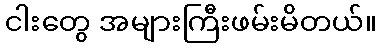
ငါးတွေ အများကြီးဖမ်းမိတယ်။